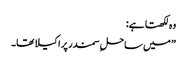
وہ لکھتا ہے:
”میں ساحلِ سمندر پر اکیلا تھا۔